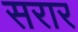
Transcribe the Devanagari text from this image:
सरार